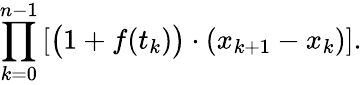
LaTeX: \prod_{k=0}^{n-1}\left[{\big(}1+f(t_{k}){\big)}\cdot(x_{k+1}-x_{k})\right].